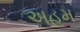
અહમ